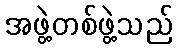
အဖွဲ့တစ်ဖွဲ့သည်